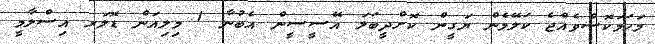
މަހަމަކޮސްވެއްޖެ ކަލޭމެން ޔަގީން ކޮށްދީބަލަ އޭސީސީން އެބުނާ 1 މިލިއަން ޑޮލަރ އިސްލާމީ